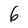
Character: 6